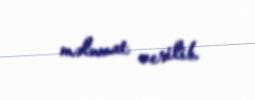
məlumat verilib.